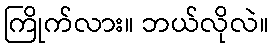
ကြိုက်လား။ ဘယ်လိုလဲ။